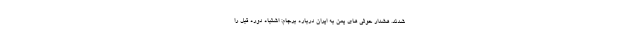
شدند. هشدار حوثی های یمن به ایران درباره برجام: اشتباه دوره قبل را